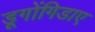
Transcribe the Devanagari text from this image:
डूगोंगिडाए